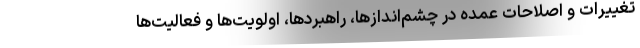
تغییرات و اصلاحات عمده در چشم‌اندازها، راهبردها، اولویت‌ها و فعالیت‌ها